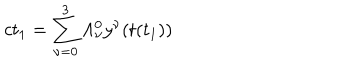
c t _ { 1 } = \sum _ { \nu = 0 } ^ { 3 } \Lambda _ { \nu } ^ { 0 } y ^ { \nu } ( t ( t _ { 1 } ) )